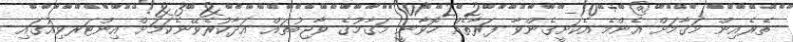
ތެރެއިން މަޤާމަށް އެންމެ އެކަށީގެންވާ ފަރާތެއް ހޮވާނީ މަޤާމުގެ ވާޖިބުތައް އަދާކުރެވޭނެކަމަށް އިންޓަރވިއުގައި